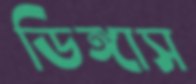
ডিঙ্গাস